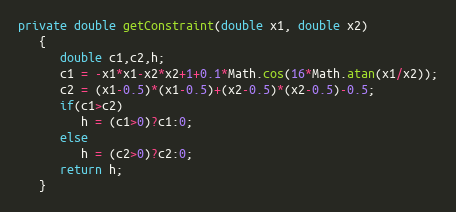
Language: Java
private double getConstraint(double x1, double x2)
   {
      double c1,c2,h;
      c1 = -x1*x1-x2*x2+1+0.1*Math.cos(16*Math.atan(x1/x2));
      c2 = (x1-0.5)*(x1-0.5)+(x2-0.5)*(x2-0.5)-0.5;
      if(c1>c2)
         h = (c1>0)?c1:0;
      else
         h = (c2>0)?c2:0;
      return h;
   }